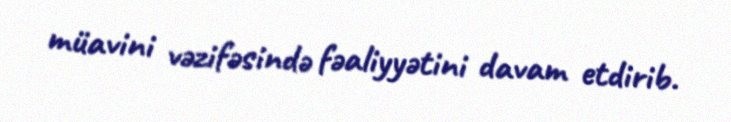
müavini vəzifəsində fəaliyyətini davam etdirib.